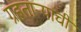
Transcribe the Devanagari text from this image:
ग्रहताऱ्यांची